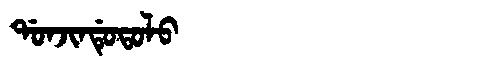
Manchu: ᡩᠣᠨᠵᡳᠨᡩᡠᡨᠣᠯᠣ
Romanization: DONJINDUTOLO